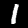
Digit: 1